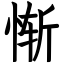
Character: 惭